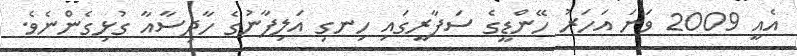
އެއީ 2009 ވަނަ އަހަރު ހޭންޑީގެ ސަފާރީގައި ހިނގި އަލިފާނުގެ ހާދިސާއާ ގުޅިގެންނެވެ.